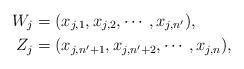
LaTeX: \begin{align*}W_j&=(x_{j,1},x_{j,2},\cdots,x_{j,n'}), \\ Z_j&=(x_{j,n'+1},x_{j,n'+2},\cdots,x_{j,n}),\end{align*}